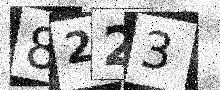
Text: 8223